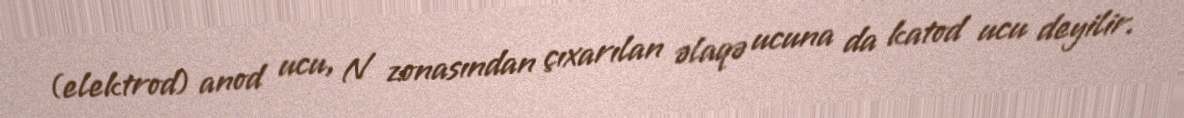
(elektrod) anod ucu, N zonasından çıxarılan əlaqə ucuna da katod ucu deyilir.